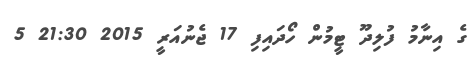
ގެ އިނާމު ފުލިދޫ ޓީމުން ހޯދައިފި 17 ޖެނުއަރީ 2015 21:30 5